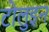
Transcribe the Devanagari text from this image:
टोलुइन